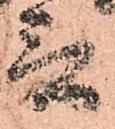
言